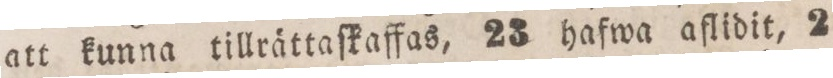
att kunna tillrättaſkaffas, 23 hafwa aflidit, 2